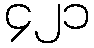
၄၂၁